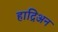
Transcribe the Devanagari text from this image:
हाद्रिअन